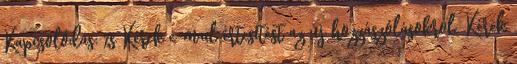
Kapcsolódás: %s Kérek e-mail értesítést az új hozzászólásokról. Kérek